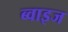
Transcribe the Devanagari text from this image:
ब्वाइज